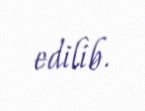
edilib.